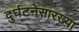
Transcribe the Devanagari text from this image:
दुर्घटनेसारख्या